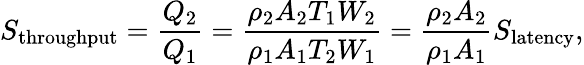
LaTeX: S_{\mathrm{throughput}}={\frac{Q_{2}}{Q_{1}}}={\frac{\rho_{2}A_{2}T_{1}W_{2}}{\rho_{1}A_{1}T_{2}W_{1}}}={\frac{\rho_{2}A_{2}}{\rho_{1}A_{1}}}S_{\mathrm{latency}},